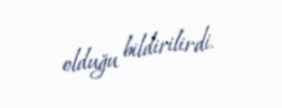
olduğu bildirilirdi.